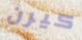
كيرن